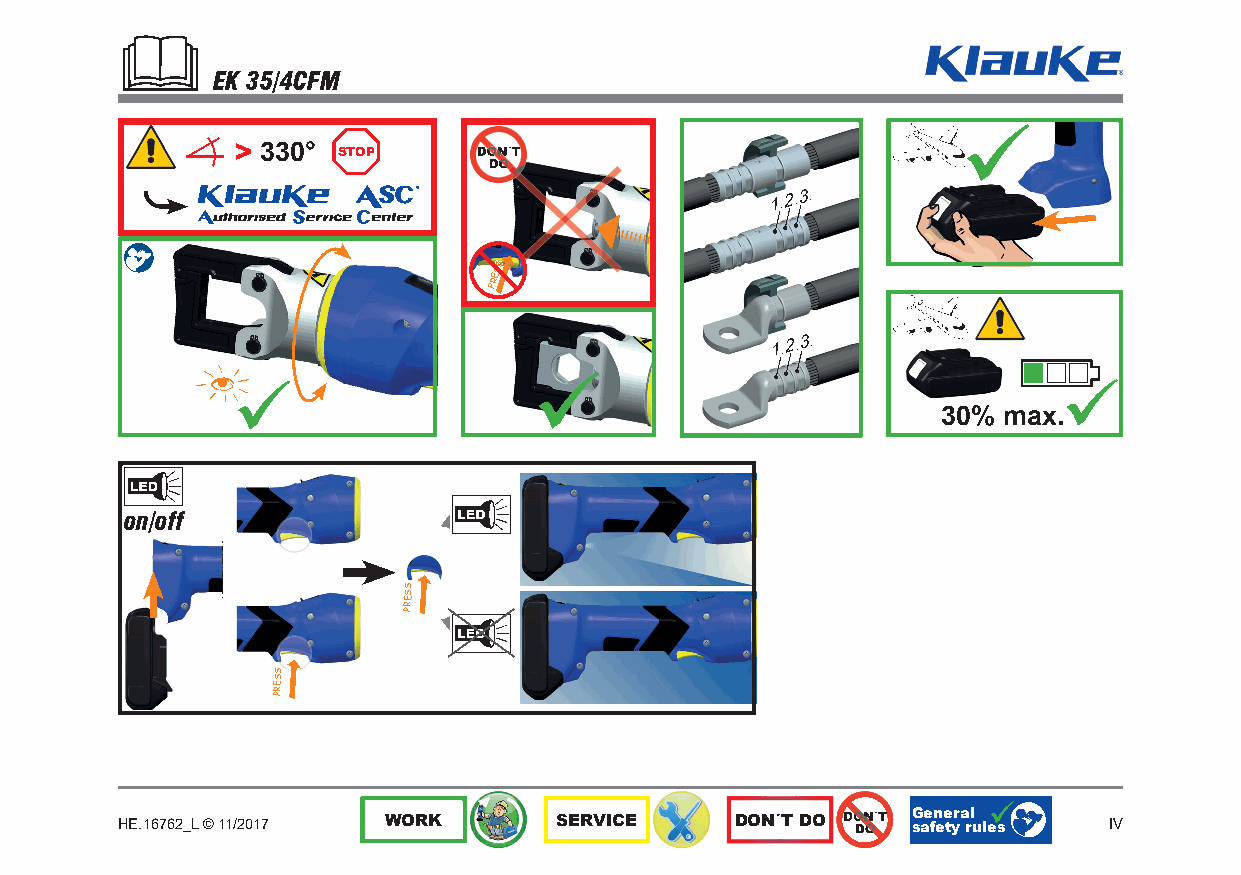
EK 35/4CFM
 > 330° STOP
 ®
 PPRREESSSS
 30% max.
 on/off
 PRESS
 PRESS
 General
 HE.16762_L © 11/2017 WORK    SERVICE     DON´T DO   safety rules IV
 1
 1
 2 .
 2 .
 3 .
 3 .
 .
 .